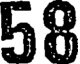
58